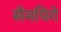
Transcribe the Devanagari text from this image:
सैमपिगे